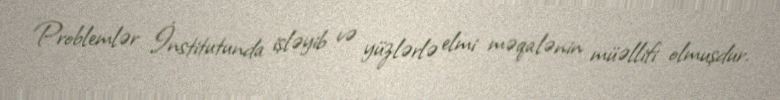
Problemlər İnstitutunda işləyib və yüzlərlə elmi məqalənin müəllifi olmuşdur.